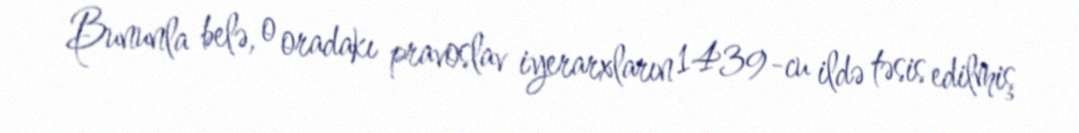
Bununla belə, o oradakı pravoslav iyerarxların 1439-cu ildə təsis edilmiş